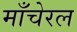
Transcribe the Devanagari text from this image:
माँचेरल